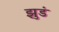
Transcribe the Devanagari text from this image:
झुडं